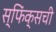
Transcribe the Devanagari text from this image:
स्फिंक्सची